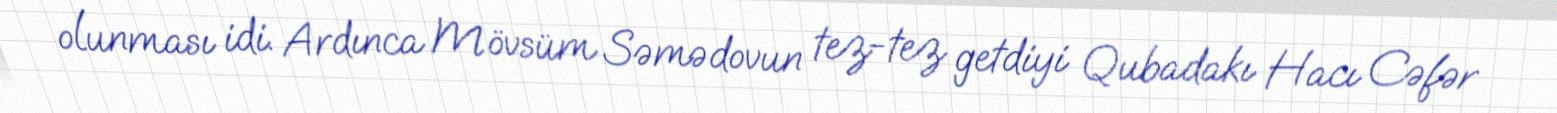
olunması idi. Ardınca Mövsüm Səmədovun tez-tez getdiyi Qubadakı Hacı Cəfər